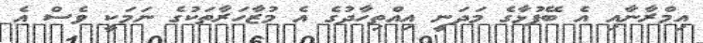
އިމްރާނާއި އެ ބޭފުޅާގެ މަދަނީ އިއްތިހާދުގެ އެ މުޒާހަރާތަކުގެ ނަމަކީ ވެސް އެ